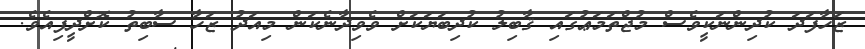
ޒަހާފަދަ ކުދިންނަކީވެސް މުޖްތަމަޢުގައި ޤާބިލު ކުދިބަޔަކަށް ވެވިދާނެކަން މިއަދު ޒަހާ ސާބިތު ކޮށްދީފިއެވެ.